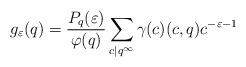
LaTeX: \begin{align*}g_ {\varepsilon}(q) = \frac{P_q(\varepsilon)}{\varphi(q)}\sum_{c|q^{\infty}}\gamma(c)(c,q)c^{-\varepsilon-1}\end{align*}